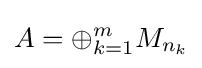
A=\oplus _{k=1}^{m}M_{n_{k}}